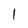
Character: 1